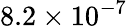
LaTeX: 8.2\times 10^{-7}